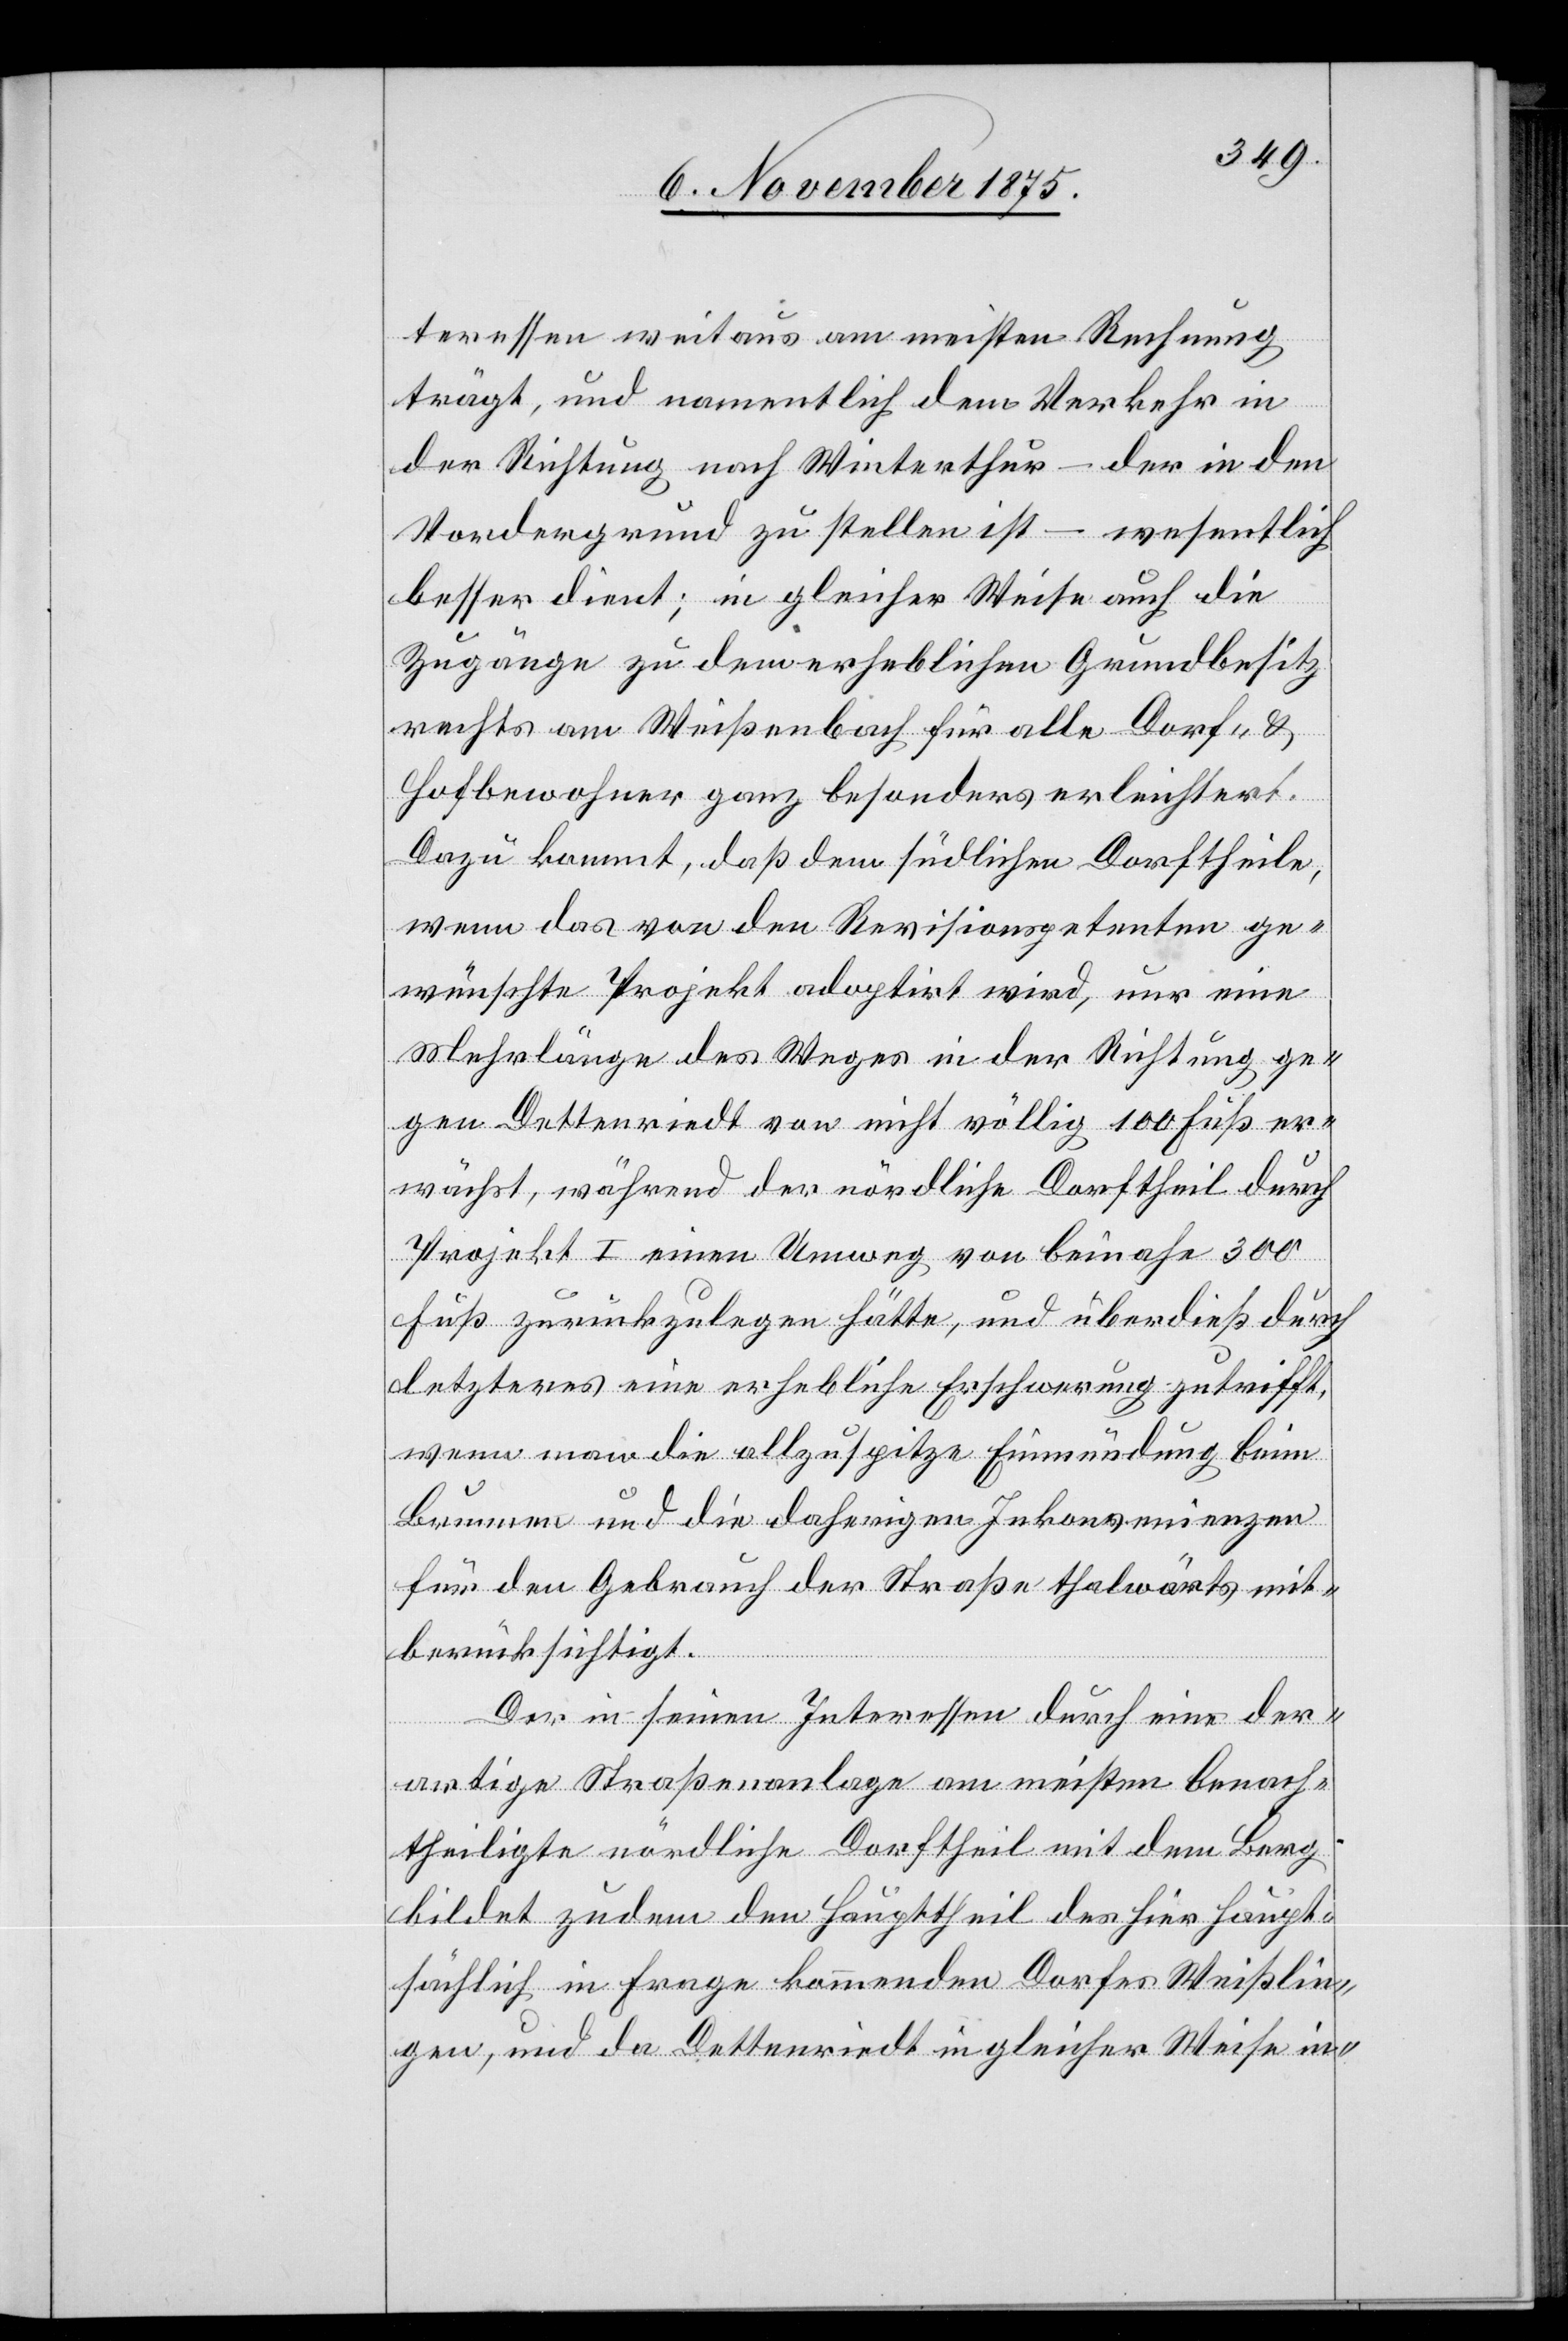
teressen weitaus am meisten Rechnung
trägt, und namentlich dem Verkehr in
der Richtung nach Winterthur – der in den
Vordergrund zu stellen ist – wesentlich
besser dient; in gleicher Weise auch die
Zugänge zu dem erheblichen Grundbesitz
rechts am Weißenbach für alle Dorf- &
Hofbewohner ganz besonders erleichtert.
Dazu kommt, daß dem südlichen Dorftheile,
wenn das von den Revisionspetenten ge¬
wünschte Projekt adoptirt wird, nur eine
Mehrlänge des Weges in der Richtung ge¬
gen Dettenriedt von nicht völlig 100 Fuß er¬
wächst, während der nördliche Dorftheil durch
Projekt I einen Umweg von beinahe 300
Fuß zurückzulegen hätte, und überdieß durch
letzteres eine erhebliche Erschwerung zutrifft,
wenn man die allzuspitze Einmündung beim
Brunnen und die daherigen Inkonvenienzen
für den Gebrauch der Straße thalwärts mit¬
berücksichtigt.
Der in seinen Interessen durch eine der¬
artige Straßenanlage am meisten benach¬
theiligte nördliche Dorftheil mit dem Berg
bildet zudem den Haupttheil des hier haupt¬
sächlich in Frage kommenden Dorfes Weißlin¬
gen, und da Dettenriedt in gleicher Weise in-